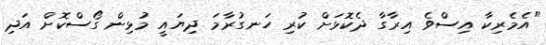
"އެމެރިކާ އިސްވެ އިރާގާ ދެކޮޅަށް ކުރި ހަނގުރާމަ ދިޔައީ މުޅިން ގޯސްކޮށް އަދި